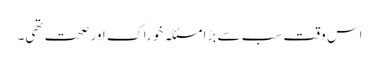
اس وقت سب سے بڑا مسئلہ خوراک اور صحت تھی۔